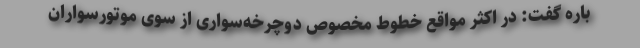
باره گفت: در اکثر مواقع خطوط مخصوص دوچرخه‌سواری از سوی موتورسواران